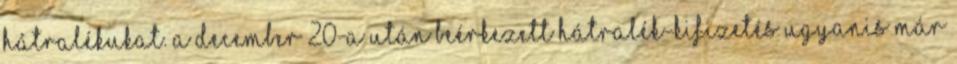
hátralékukat. A december 20-a után beérkezett hátralék-kifizetés ugyanis már